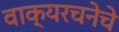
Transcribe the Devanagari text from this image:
वाक्यरचनेचे